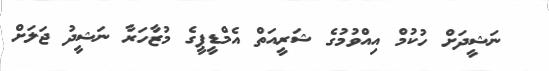
ނަޝީދަށް ހުކުމް އިއްވުމުގެ ޝަރީއަތް އެމްޑީޕީގެ މުޒާހަރާ ނަޝީދު ޖަލަށް